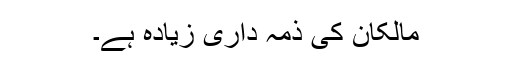
مالکان کی ذمہ داری زیادہ ہے۔